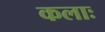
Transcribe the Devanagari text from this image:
कलाः